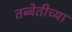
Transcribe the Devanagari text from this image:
तब्बेतीच्या